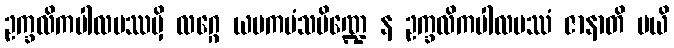
ဥက္ခလိကပါလပဿမှိ လဂ္ဂေ ယမကမံသပိဏ္ဍေ န ဥက္ခလိကပါလပဿံ ဇာနာတိ မယိ